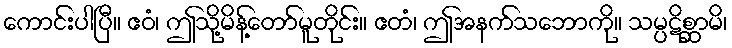
ကောင်းပါပြီ။ ဧဝံ၊ ဤသို့မိန့်တော်မူတိုင်း။ ဧတံ၊ ဤအနက်သဘောကို။ သမ္ပဋိစ္ဆာမိ၊